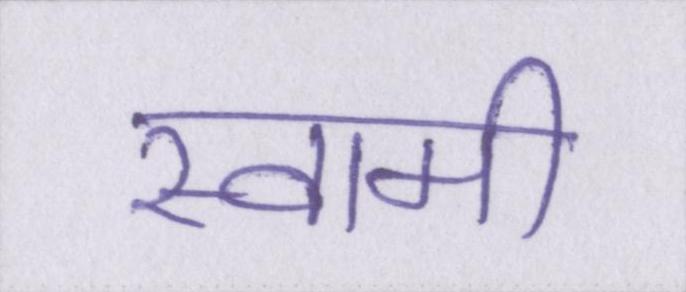
स्वामी